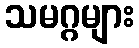
သမဂ္ဂများ